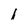
Character: 1